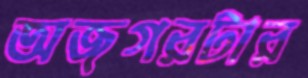
অজগরটার